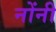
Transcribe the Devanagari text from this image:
नोंनी